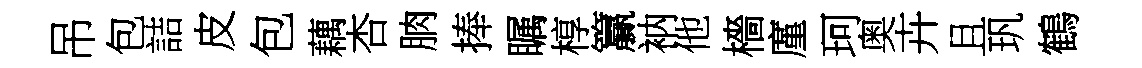
吊包詰皮包藕杏朒捧瞩椁籯衲他檣廑珂奥卉且㺬鶴